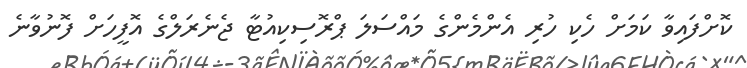
ކޮށްފައިވާ ކަމަށް ހެކި ހުރި އެންމެންގެ މައްސަލަ ޕްރޮސިކިއުޓާ ޖެނެރަލްގެ އޮފީހަށް ފޮނުވާނެ